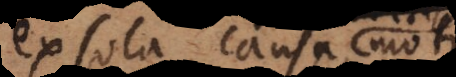
ex sola causa motus